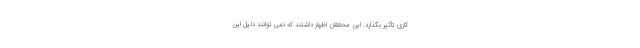
کاری تأثیر بگذارد. این محققان اظهار داشتند که نمی توانند دلیل این